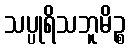
သပ္ပုရိသဘူမိဉ္စ